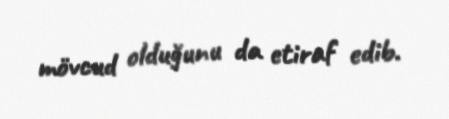
mövcud olduğunu da etiraf edib.